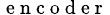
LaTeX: _{\mathrm{~e~n~c~o~d~e~r~}}